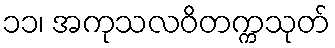
၁၁၊ အကုသလဝိတက္ကသုတ်